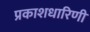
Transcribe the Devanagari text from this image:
प्रकाशधारिणी